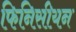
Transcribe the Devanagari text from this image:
फिनिसीयन